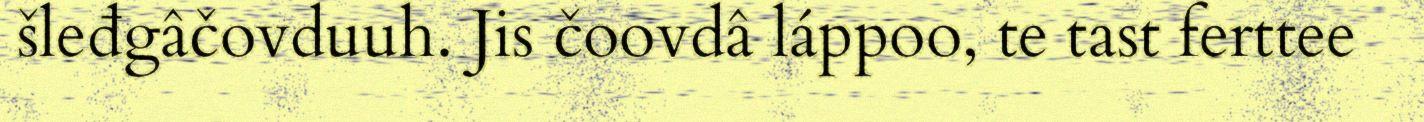
šleđgâčovduuh. Jis čoovdâ láppoo, te tast ferttee